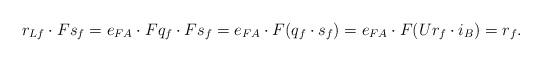
LaTeX: \begin{align*} r_{Lf}\cdot Fs_f=e_{FA}\cdot Fq_{f}\cdot Fs_f=e_{FA}\cdot F(q_f\cdot s_f)= e_{FA}\cdot F(Ur_f\cdot i_B)=r_f.\end{align*}